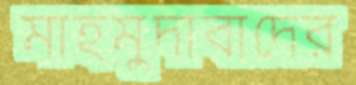
মাহমুদাবাদের